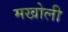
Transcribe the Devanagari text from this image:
मखोली